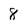
Character: 8